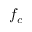
f _ { c }